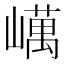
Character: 𡽇